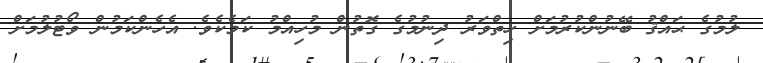
ލުމުގެ ޙައްޤު ބޭނުންކުރުމަށް ހިތްވަރު ދިނުމުގެ ގޮތުން މުހިއްމު ކަމެކެވެ. އެހެންކަމުން ވޯޓުލުމަށް